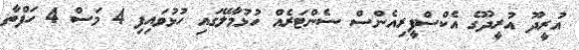
އުރީދޫ އުރީދޫގެ އެކްސްޕީރިއެންސް ސެންޓަރެއް ހުޅުމާލޭގައި ހުޅުވައިފި 4 މަސް 4 ހަފްތާ